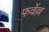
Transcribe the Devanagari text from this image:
फर्वेल्ल